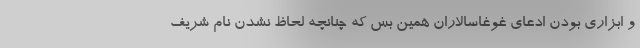
و ابزاری بودن ادعای غوغاسالاران همین بس که چنانچه لحاظ نشدن نام شریف